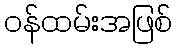
ဝန်ထမ်းအဖြစ်